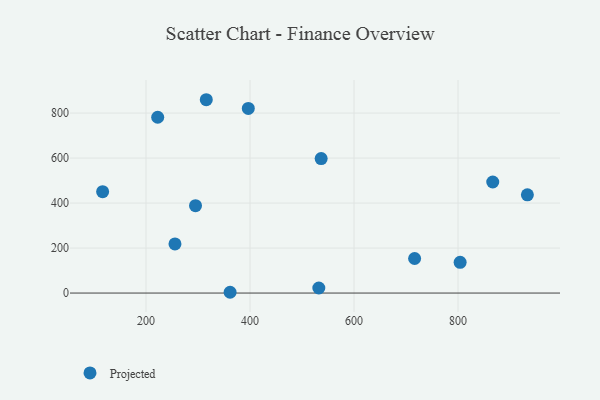
{"axis": {"x": "Speed", "y": "Rating"}, "legend": ["Projected"], "data": [{"x": "295.2", "y": 388.4, "type": "Projected"}, {"x": "222.5", "y": 781.5, "type": "Projected"}, {"x": "716.5", "y": 153.6, "type": "Projected"}, {"x": "804.0", "y": 136.5, "type": "Projected"}, {"x": "255.7", "y": 218.5, "type": "Projected"}, {"x": "116.6", "y": 450.6, "type": "Projected"}, {"x": "933.3", "y": 436.5, "type": "Projected"}, {"x": "532.3", "y": 22.5, "type": "Projected"}, {"x": "866.7", "y": 493.7, "type": "Projected"}, {"x": "315.9", "y": 859.4, "type": "Projected"}, {"x": "536.8", "y": 597.7, "type": "Projected"}, {"x": "361.7", "y": 3.5, "type": "Projected"}, {"x": "396.7", "y": 820.6, "type": "Projected"}]}